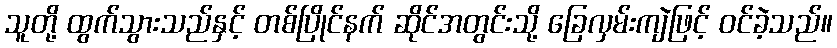
သူတို့ ထွက်သွားသည်နှင့် တစ်ပြိုင်နက် ဆိုင်အတွင်းသို့ ခြေလှမ်းကျဲဖြင့် ဝင်ခဲ့သည်။